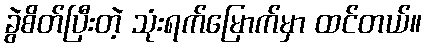
ခွဲစိတ်ပြီးတဲ့ သုံးရက်မြောက်မှာ ထင်တယ်။